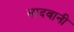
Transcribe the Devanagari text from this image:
सादवानी